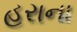
હરાના